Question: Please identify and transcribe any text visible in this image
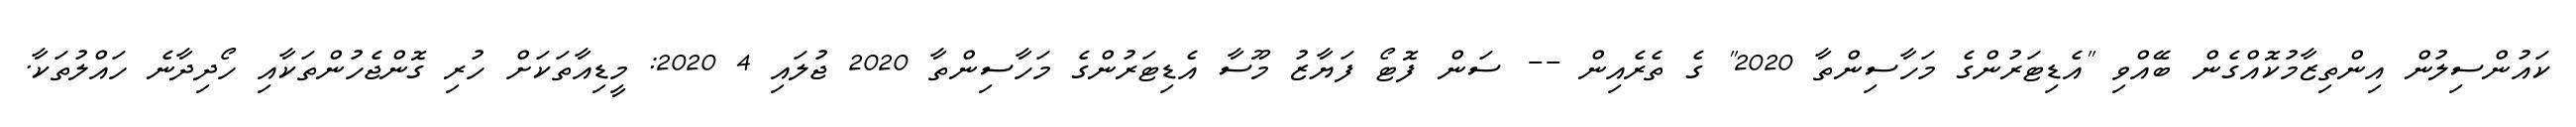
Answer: ކައުންސިލުން އިންތިޒާމުކޮއްގެން ބޭއްވި "އެޑިޓަރުންގެ މަހާސިންތާ 2020" ގެ ތެރެއިން -- ސަން ފޮޓޯ ފަޔާޒު މޫސާ އެޑިޓަރުންގެ މަހާސިންތާ 2020 ޖުލައި 4 2020: މީޑިއާތަކަށް ހުރި ގޮންޖެހުންތަކާއި ހޯދިދާނެ ހައްލުތަކާ.